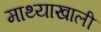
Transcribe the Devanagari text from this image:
माथ्याखाली